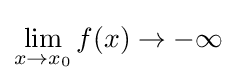
\lim _{x\to x_{0}}f(x)\to -\infty